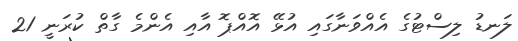
ލަނޑު ލިސްޓުގެ އެއްވަނާގައި އުޅޭ އޮއްޕޮ އާއި އެންމެ ގާތް ކުރަނީ 21